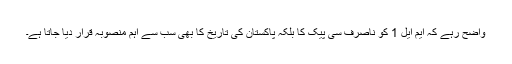
واضح رہے کہ ایم ایل 1 کو ناصرف سی پیک کا بلکہ پاکستان کی تاریخ کا بھی سب سے اہم منصوبہ قرار دیا جاتا ہے۔